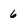
Character: 6